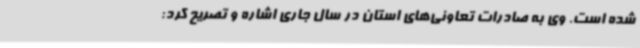
شده است. وی به صادرات تعاونی‌های استان در سال جاری اشاره و تصریح کرد: